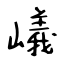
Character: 嶬